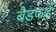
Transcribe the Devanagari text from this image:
बैडफर्ड